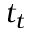
t _ { t }